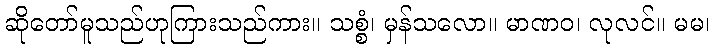
ဆိုတော်မူသည်ဟုကြားသည်ကား။ သစ္စံ၊ မှန်သလော။ မာဏဝ၊ လုလင်။ မမ၊